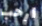
ارحب